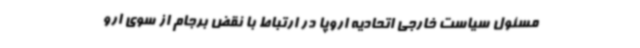
مسئول سیاست خارجی اتحادیه اروپا در ارتباط با نقض برجام از سوی ارو